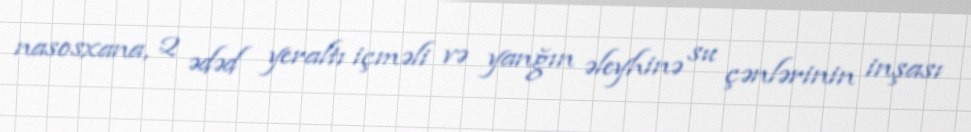
nasosxana, 2 ədəd yeraltı içməli və yanğın əleyhinə su çənlərinin inşası